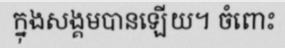
ក្នុងសង្គមបានឡើយ។ ចំពោះ